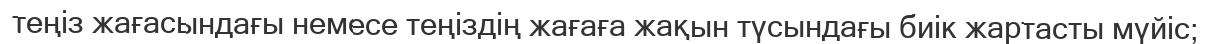
теңіз жағасындағы немесе теңіздің жағаға жақын түсындағы биік жартасты мүйіс;